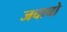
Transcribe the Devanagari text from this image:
जवाबो